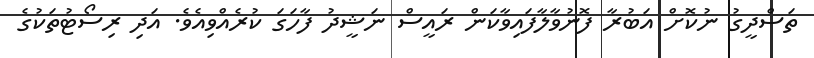
ތަސްދީގު ނުކޮށް އަބުރާ ފޮނުވާލާފައިވާކަން ރައީސް ނަޝީދު ފާހަގަ ކުރެއްވިއެވެ. އަދި ރިސޯޓުތަކުގެ